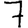
Digit: 7